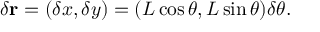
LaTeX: \delta \mathbf { r } = ( \delta x , \delta y ) = ( L \cos \theta , L \sin \theta ) \delta \theta .